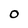
Character: 0